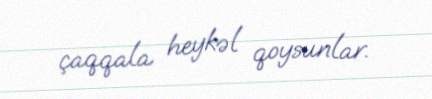
çaqqala heykəl qoysunlar.